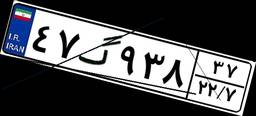
۴۷گ۹۳۸۳۷